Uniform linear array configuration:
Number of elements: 64
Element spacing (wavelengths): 0.5
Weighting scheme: hann
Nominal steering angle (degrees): -30
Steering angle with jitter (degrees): -28.724
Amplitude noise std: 0.05
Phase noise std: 0.05

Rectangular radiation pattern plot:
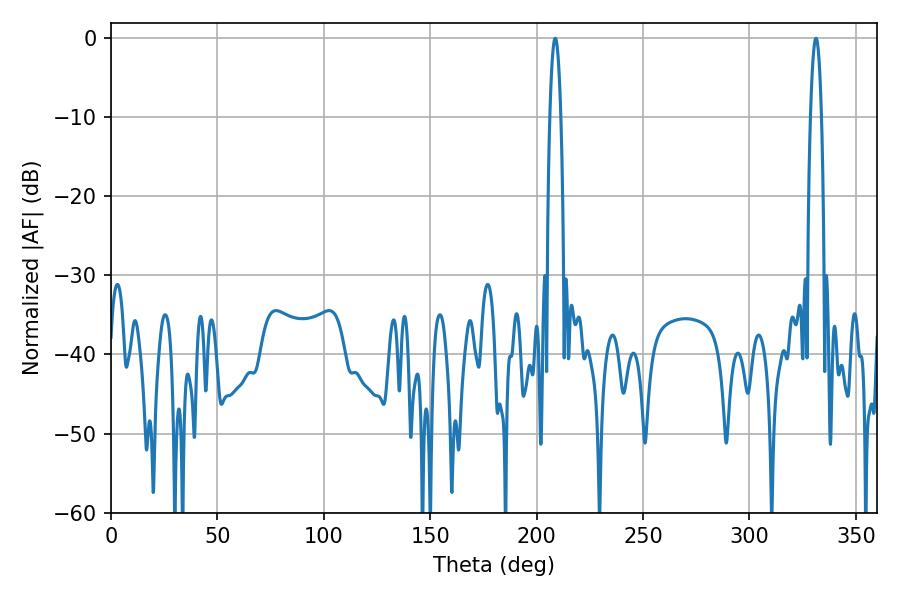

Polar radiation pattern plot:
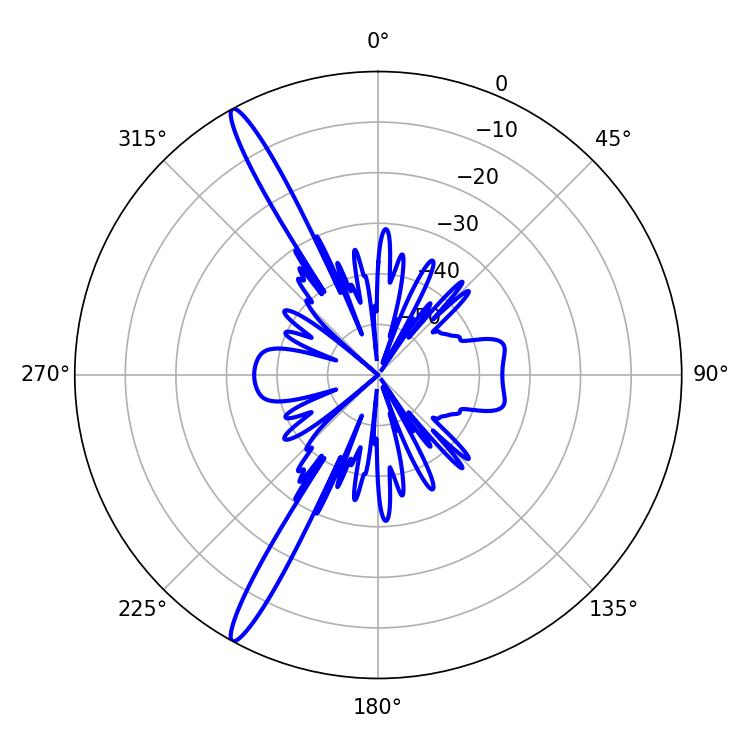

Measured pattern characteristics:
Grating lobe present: FALSE
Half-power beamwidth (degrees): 2.88
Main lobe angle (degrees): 331.2